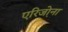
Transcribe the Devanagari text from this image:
एरिजो़ना